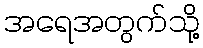
အရေအတွက်သို့